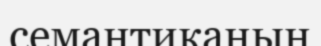
семантиканың